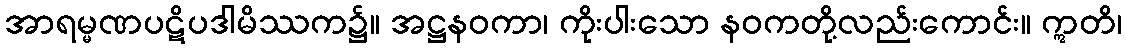
အာရမ္မဏပဋိပဒါမိဿက၌။ အဋ္ဌနဝကာ၊ ကိုးပါးသော နဝကတို့လည်းကောင်း။ ဣတိ၊